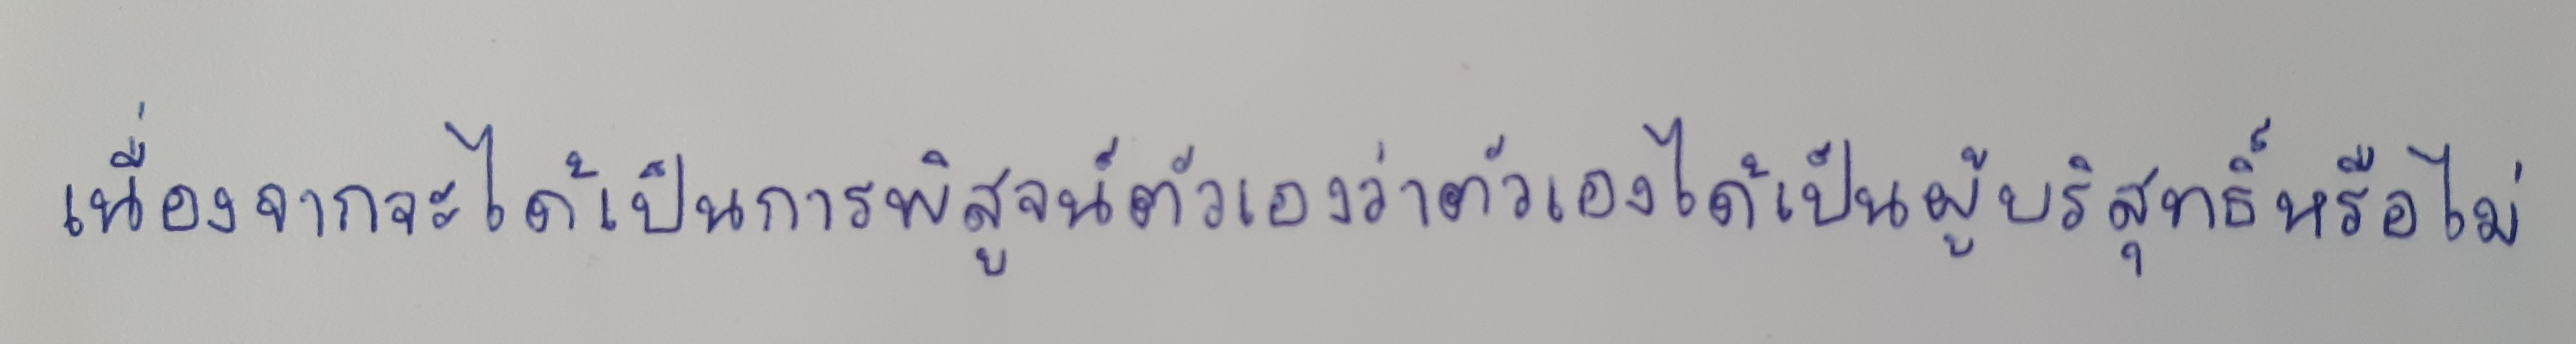
เนื่องจากจะได้เป็นการพิสูจน์ตัวเองว่าตัวเองได้เป็นผู้บริสุทธิ์หรือไม่